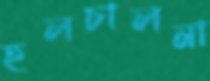
হলচালনা